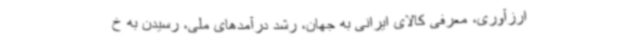
ارزآوری، معرفی کالای ایرانی به جهان، رشد درآمدهای ملی، رسیدن به خ